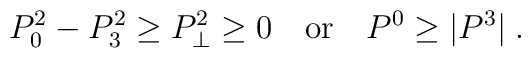
P_0^2 - P_3^2 \ge P_\perp^2 \ge 0 \quad \mbox{or} \quad P^0 \ge |P^3| \; .